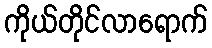
ကိုယ်တိုင်လာရောက်